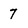
Character: 7